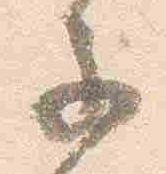
子